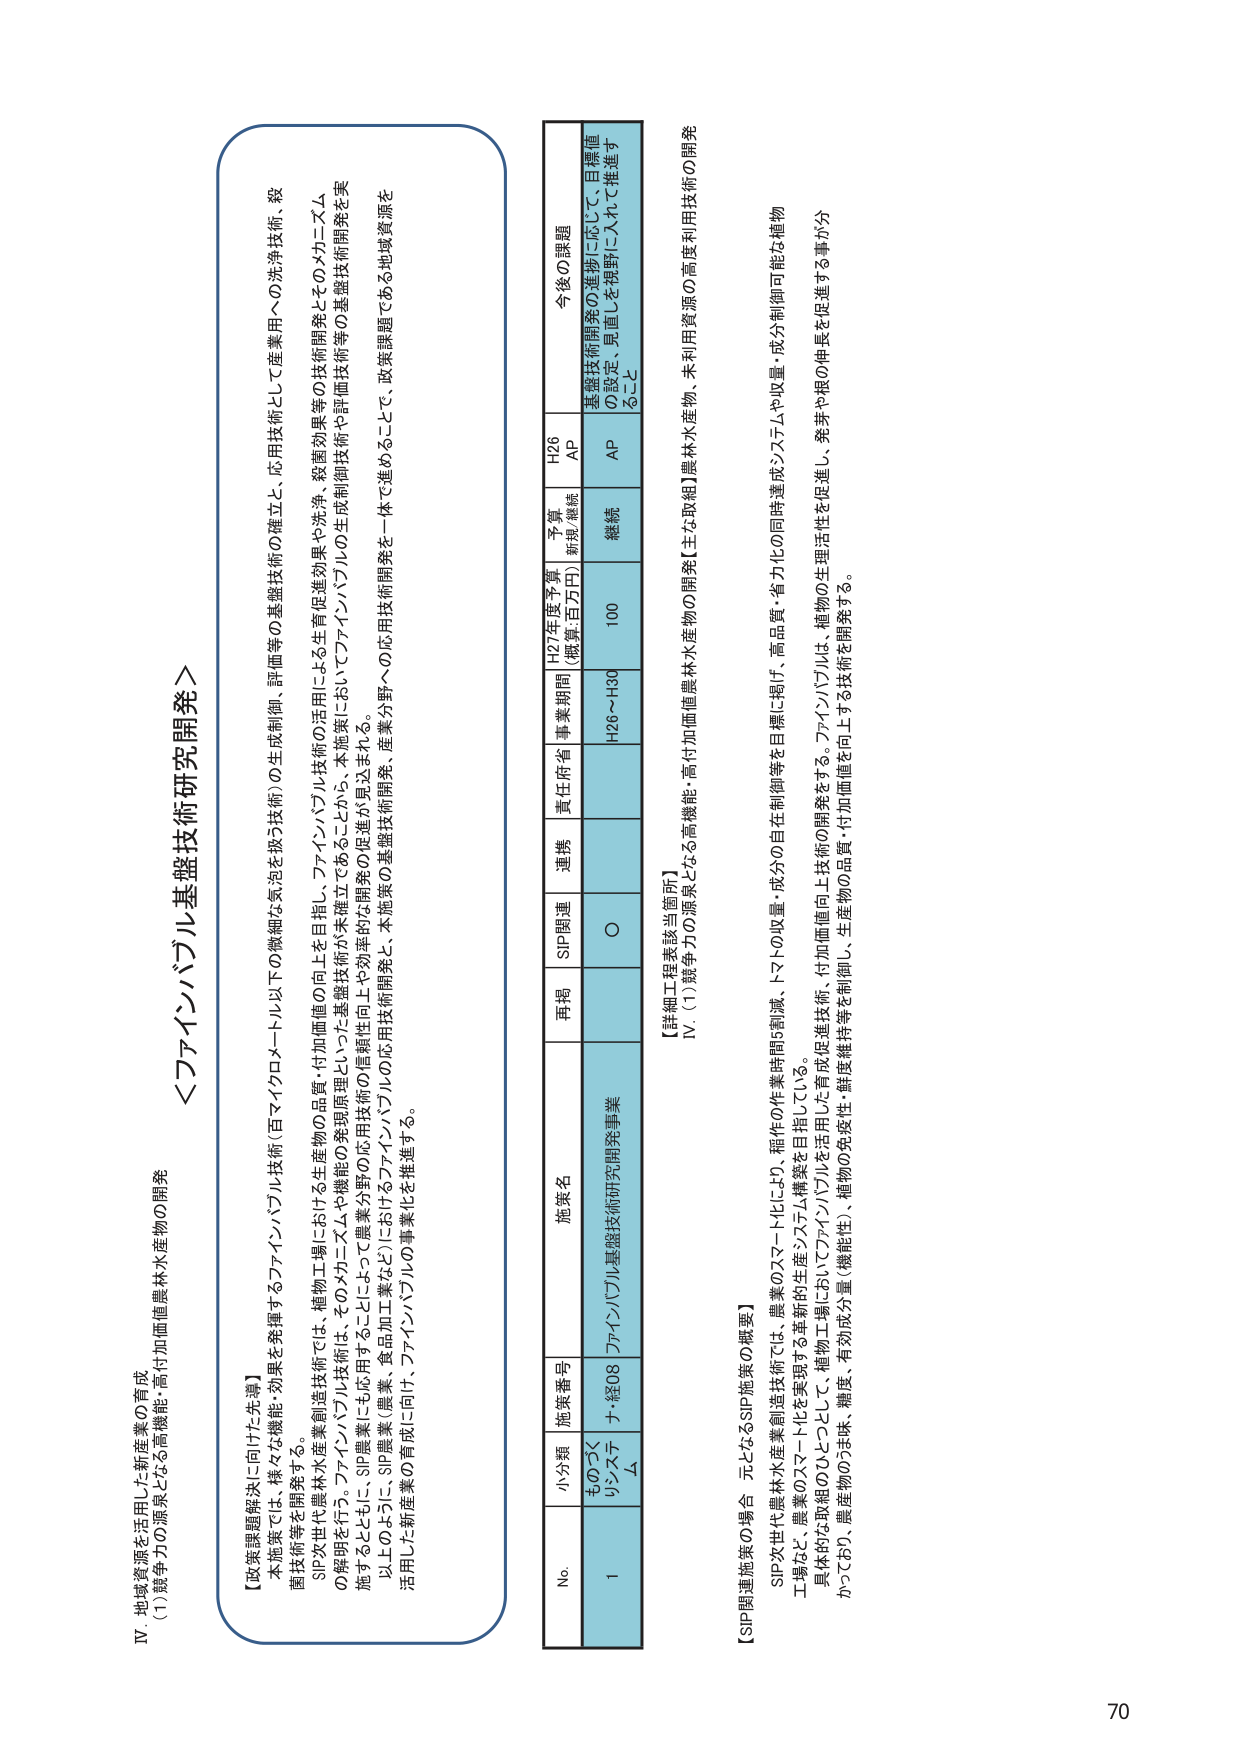
IV 地域資源を活用した新産業の育成
(1)競争力の源泉となる高機能・高付加価値農林水産物の開発

＜ファインバブル基盤技術研究開発＞

【政策課題解決に向けた先導】
本施策では、様々な機能・効果を発揮するファインバブル技術（百マイクロメートル以下の微細な気泡を扱う技術）の生成制御、評価等の基盤技術の確立と、応用技術として産業用への洗浄技術、殺菌技術等を開発する。
SIP次世代農林水産業創造技術では、植物工場における生産物の品質・付加価値の向上を目指し、ファインバブル技術の活用による生育促進効果や洗浄、殺菌効果等の技術開発としてのメカニズムの解明を行う。ファインバブル技術は、そのメカニズムや機能の発現原理といった基盤技術が未確立であることから、本施策においてファインバブルの生成制御技術や評価技術等の基盤技術開発を実施するとともに、SIP農業にも応用することによって農業分野の応用技術の信頼性向上や効率的な開発の促進が見込まれる。
以上のように、SIP農業（農業・食品加工業など）におけるファインバブルの応用技術開発と、本施策の基盤技術開発を一体で進めることで、政策課題である地域資源を活用した新産業の育成に向け、ファインバブルの事業化を推進する。

No. 小分類 施策番号 施策名 再掲 SIP関連 連携 責任府省 事業期間 H27年度予算 （概算:百万円） 予算 新規/継続 H26 AP 今後の課題
1 ものづくりシステ ム ナ・経08 ファインバブル基盤技術研究開発事業 ○ H26～H30 100 継続 AP 基盤技術開発の進捗に応じて、目標値の設定、見直しを継続に入れて推進すること

【詳細工程表該当箇所】
IV (1)競争力の源泉となる高機能・高付加価値農林水産物の開発【主な取組】農林水産物、未利用資源の高度利用技術の開発

【SIP関連施策の場合 元となるSIP施策の概要】
SIP次世代農林水産業創造技術では、農業のスマート化により、稲作の作業時間削減、トマトの収量・成分の自在制御等を目標に掲げ、高品質・省力化の同時達成システムや収量・成分制御可能な植物工場など、農業のスマート化を実現する革新的生産システム構築を目指している。
具体的な取組のひとつとして、植物工場においてファインバブルを活用した育成促進技術、付加価値向上技術の開発をする。ファインバブルは、植物の生理活性を促進し、発芽や根の伸長を促進する事が分かっており、農産物のうま味、糖度、有効成分量（機能性）、植物の免疫力、鮮度維持等を制御し、生産物の品質・付加価値を向上する技術を開発する。

70